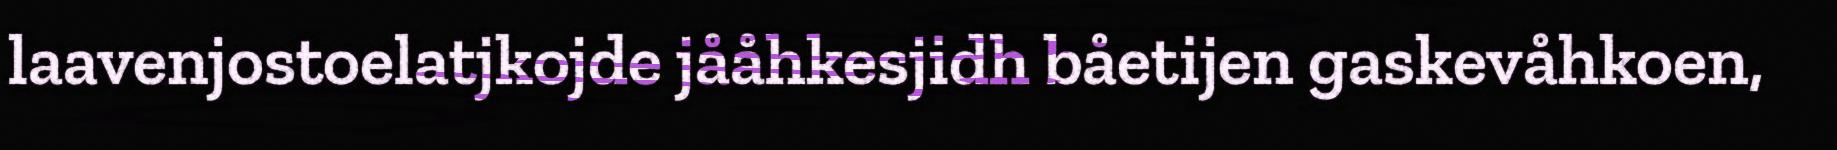
laavenjostoelatjkojde jååhkesjidh båetijen gaskevåhkoen,